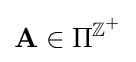
\mathbf {A} \in \Pi ^{\mathbb {Z} ^{+}}